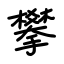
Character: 攀